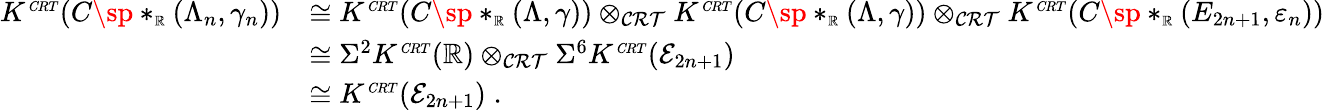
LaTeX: \begin{array}{rl}{K^{\scriptscriptstyle{\mathit CRT}}(C\sp*_{\scriptscriptstyle{\mathbb R}}(\Lambda_{n},\gamma_{n}))}&{\cong K^{\scriptscriptstyle{\mathit CRT}}(C\sp*_{\scriptscriptstyle{\mathbb R}}(\Lambda,\gamma))\otimes_{\mathcal{CRT}}K^{\scriptscriptstyle{\mathit CRT}}(C\sp*_{\scriptscriptstyle{\mathbb R}}(\Lambda,\gamma))\otimes_{\mathcal{CRT}}K^{\scriptscriptstyle{\mathit CRT}}(C\sp*_{\scriptscriptstyle{\mathbb R}}(E_{2n+1},\varepsilon_{n}))}\\ &{\cong\Sigma^{2}K^{\scriptscriptstyle{\mathit CRT}}({\mathbb R})\otimes_{\mathcal{CRT}}\Sigma^{6}K^{\scriptscriptstyle{\mathit CRT}}({\mathcal E}_{2n+1})}\\ &{\cong K^{\scriptscriptstyle{\mathit CRT}}({\mathcal E}_{2n+1})\; .}\end{array}